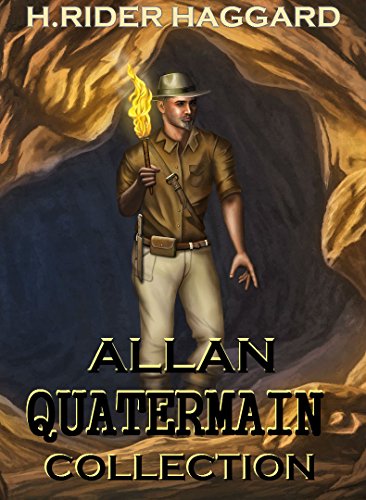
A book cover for Allan Quatermain Collection: King Solomon's Mines And 14 Other Novels and Stories; H.Rider Haggard; Teen & Young Adult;